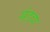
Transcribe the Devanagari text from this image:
संडवा